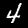
Digit: 4